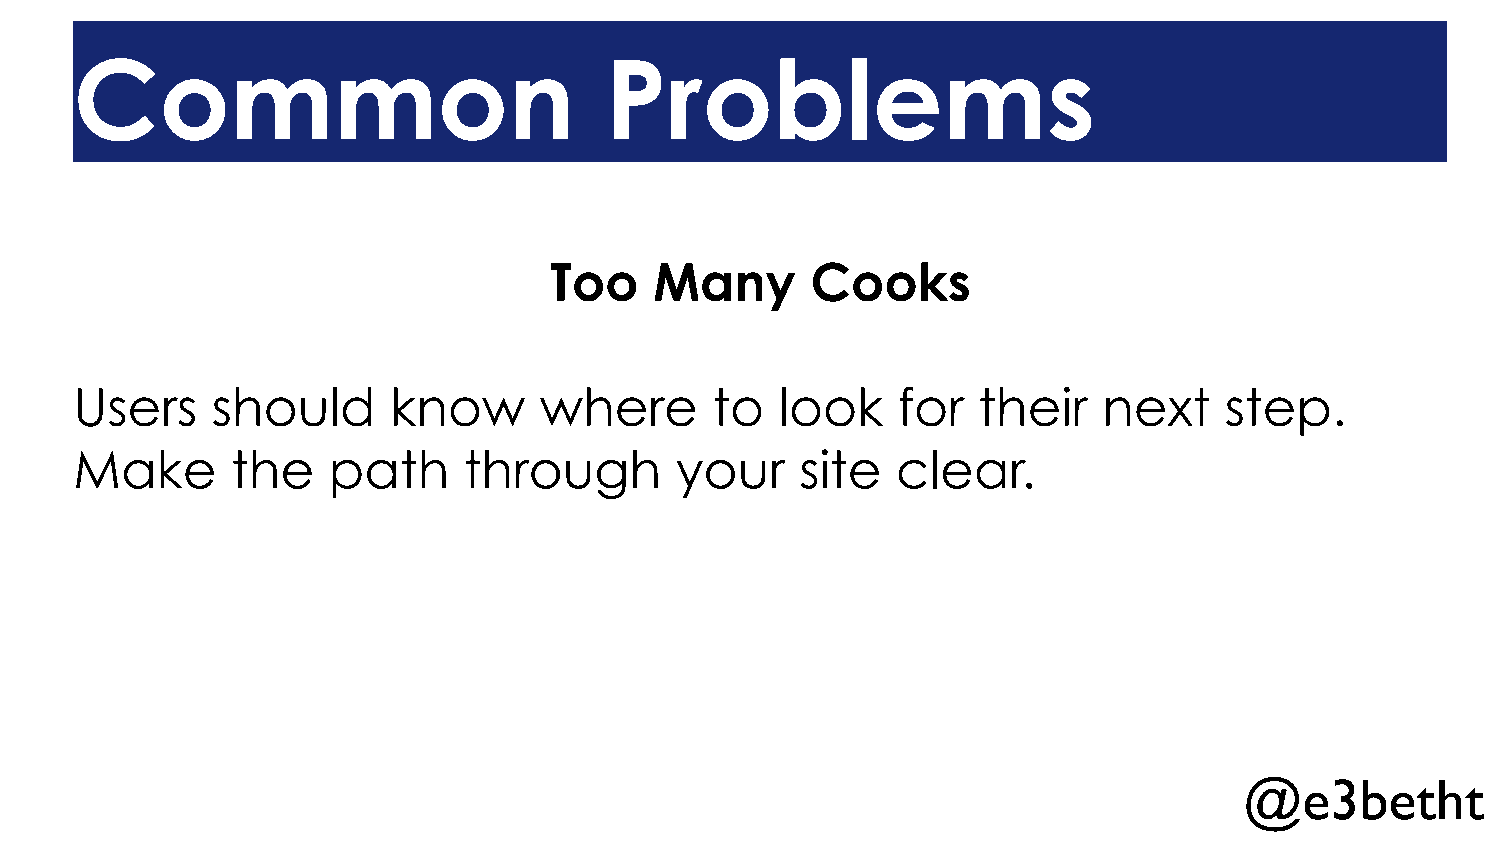
Common                             Problems
 Too    Many       Cooks
 Users    should      know      where      to   look   for   their   next    step.
 Make      the    path     through       your    site  clear.
 @e3betht